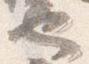
也